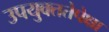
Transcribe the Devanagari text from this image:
उपयुक्ततेपेक्षा